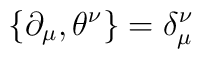
\{\partial_\mu , \theta^\nu \}= \delta_\mu^\nu